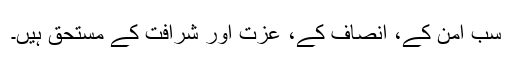
سب امن کے، انصاف کے، عزت اور شرافت کے مستحق ہیں۔